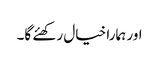
اور ہمارا خیال رکھئے گا۔